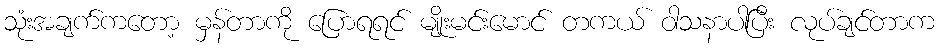
သုံးအချက်ကတော့ မှန်တာကို ပြောရရင် မျိုးမင်းမောင် တကယ် ဝါသနာပါပြီး လုပ်ချင်တာက